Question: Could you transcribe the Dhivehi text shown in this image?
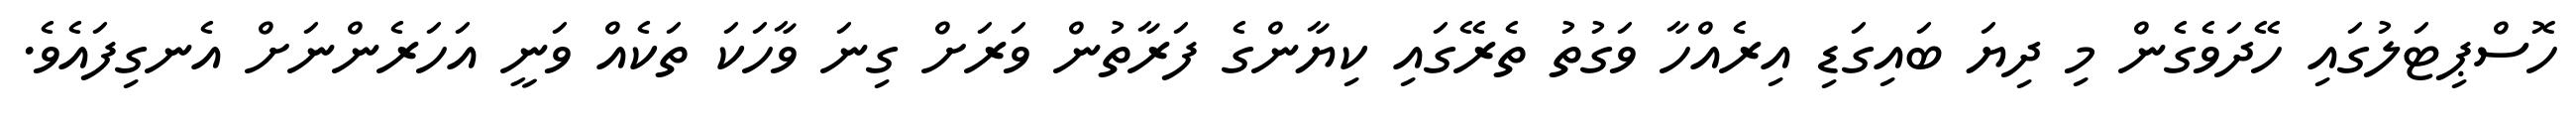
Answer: ހޮސްޕިޓަލުގައި ހޭދަވެގެން މި ދިޔަ ބައިގަޑި އިރެއްހާ ވަގުތު ތެރޭގައި ކިޔާންގެ ފަރާތުން ވަރަށް ގިނަ ވާހަކަ ތަކެއް ވަނީ އަހަރެންނަށް އެނގިފައެވެ.